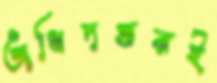
অধিদপ্তরই